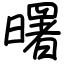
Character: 曙